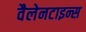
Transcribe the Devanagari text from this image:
वैलेनटाइन्स